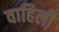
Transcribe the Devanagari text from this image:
वाहिली़